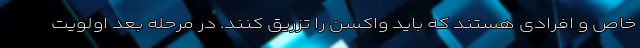
خاص و افرادی هستند که باید واکسن را تزریق کنند. در مرحله بعد اولویت